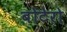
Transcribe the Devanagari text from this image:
बोटेरो